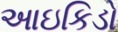
આઇકિડો